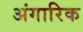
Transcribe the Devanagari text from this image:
अंगारिक